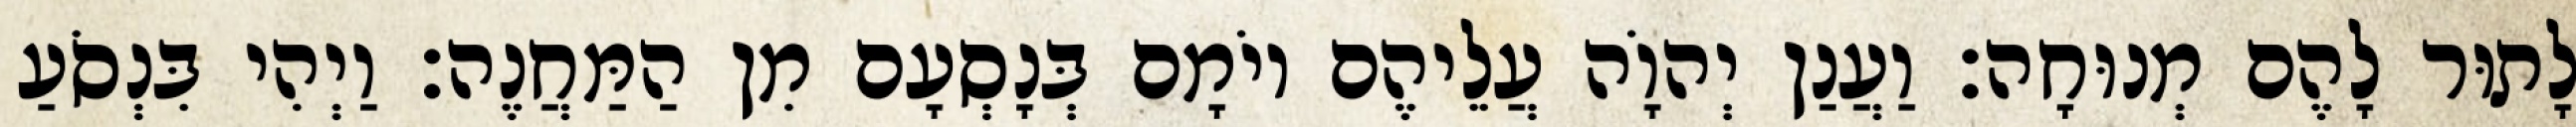
לָתוּר לָהֶם מְנוּחָה׃ וַעֲנַן יְהוָֹה עֲלֵיהֶם יוֹמָם בְּנָסְעָם מִן הַמַּחֲנֶה׃ וַיְהִי בִּנְסֹעַ